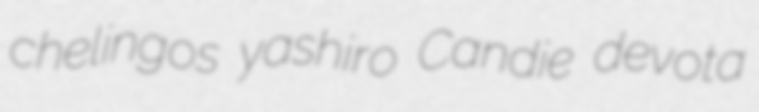
chelingos yashiro Candie devota